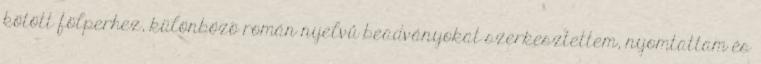
kötött fölperhez, különbözõ román nyelvû beadványokat szerkesztettem, nyomtattam és